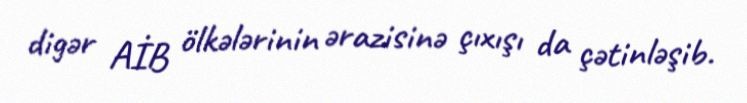
digər AİB ölkələrinin ərazisinə çıxışı da çətinləşib.